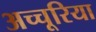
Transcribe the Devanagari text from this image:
अच्चूरिया